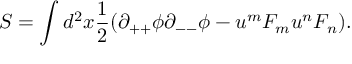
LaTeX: S = \int d ^ { 2 } x { \frac { 1 } { 2 } } ( \partial _ { + + } \phi \partial _ { -- } \phi - u ^ { m } { \cal F } _ { m } u ^ { n } { \cal F } _ { n } ) .